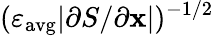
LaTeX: (\varepsilon_{\mathrm{avg}}|\partial S/\partial\mathbf{x}|)^{-1/2}